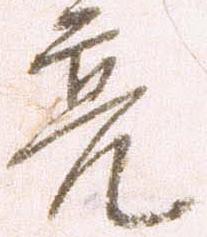
亮